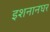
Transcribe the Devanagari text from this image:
इशनानघर